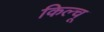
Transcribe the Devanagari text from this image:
किल्चू